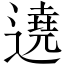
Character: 遶